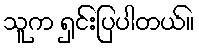
သူက ရှင်းပြပါတယ်။